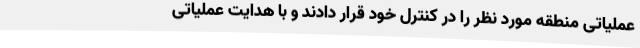
عملیاتی منطقه مورد نظر را در کنترل خود قرار دادند و با هدایت عملیاتی